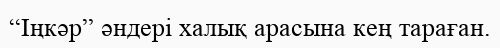
“Іңкәр” әндері халық арасына кең тараған.